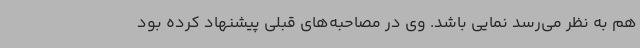
هم به نظر می‌رسد نمایی باشد. وی در مصاحبه‌های قبلی پیشنهاد کرده بود